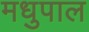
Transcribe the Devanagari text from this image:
मधुपाल